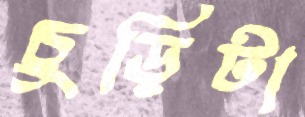
চুড়িটা